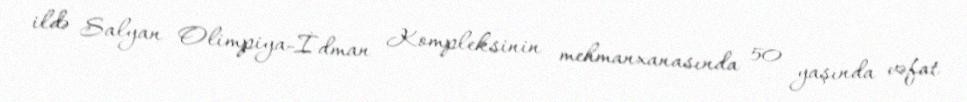
ildə Salyan Olimpiya-İdman Kompleksinin mehmanxanasında 50 yaşında vəfat